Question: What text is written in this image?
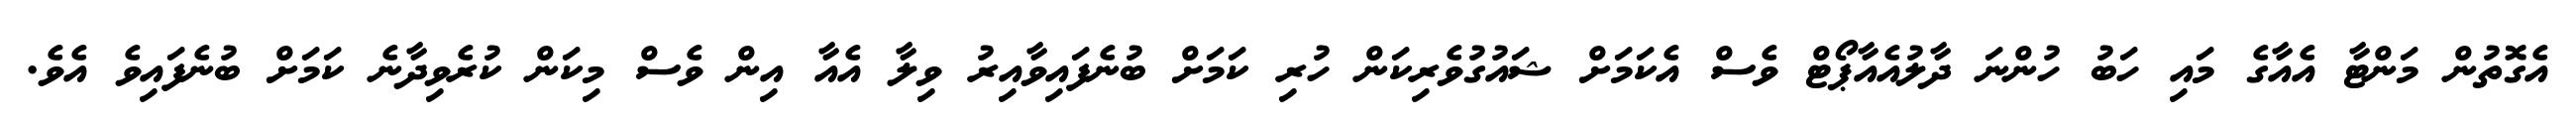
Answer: އެގޮތުން މަންޓާ އެއާގެ މައި ހަބު ހުންނަ ދާލުއެއާޕޯޓް ވެސް އެކަމަށް ޝައުގުވެރިކަން ހުރި ކަމަށް ބުނެފައިވާއިރު ވިލާ އެއާ އިން ވެސް މިކަން ކުރެވިދާނެ ކަމަށް ބުނެފައިވެ އެވެ.